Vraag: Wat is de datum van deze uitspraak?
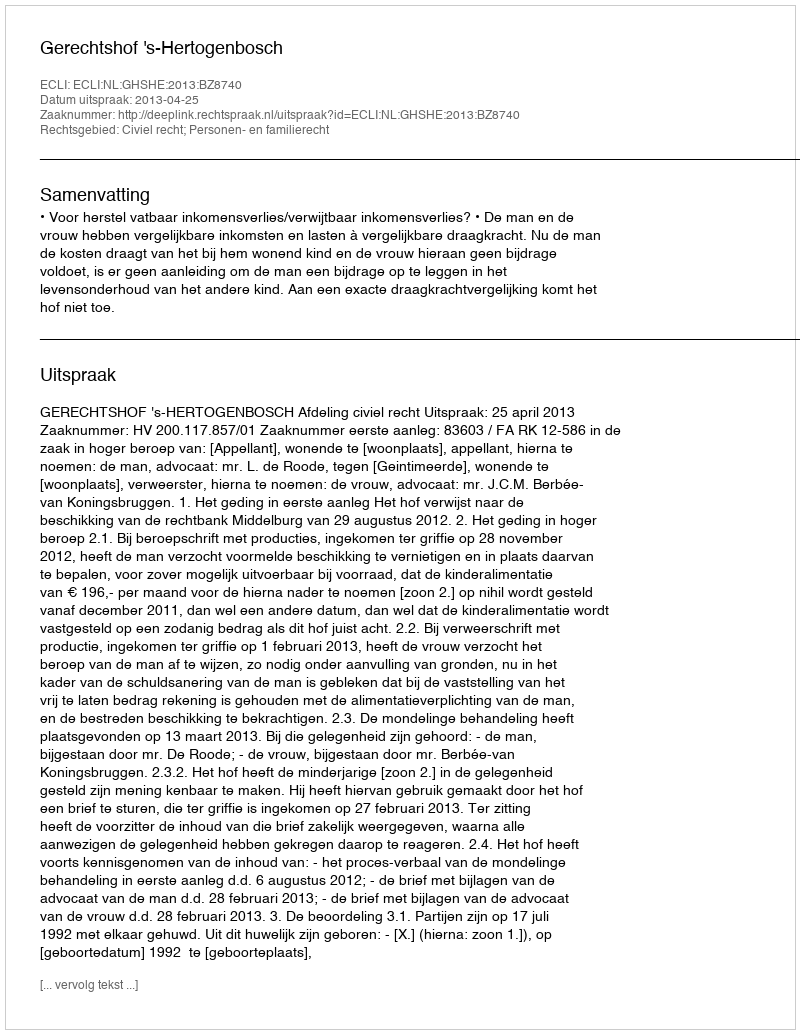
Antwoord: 2013-04-25